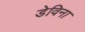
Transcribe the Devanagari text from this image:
डेविना